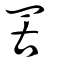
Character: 罟